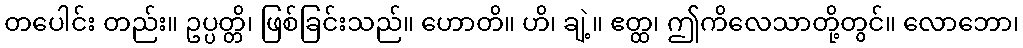
တပေါင်း တည်း။ ဥပ္ပတ္တိ၊ ဖြစ်ခြင်းသည်။ ဟောတိ။ ဟိ၊ ချဲ့။ ဧတ္ထ၊ ဤကိလေသာတို့တွင်။ လောဘော၊